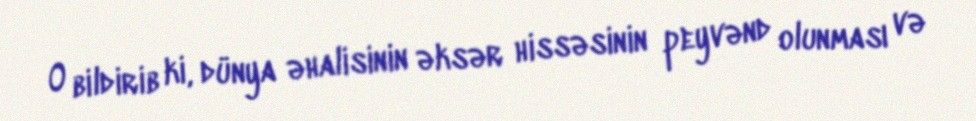
O bildirib ki, dünya əhalisinin əksər hissəsinin peyvənd olunması və